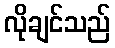
လိုချင်သည်